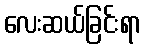
လေးဆယ်ခြင်းရာ